Annual report on the working of the lock hospitals in the North-Western Provinces and Oudh
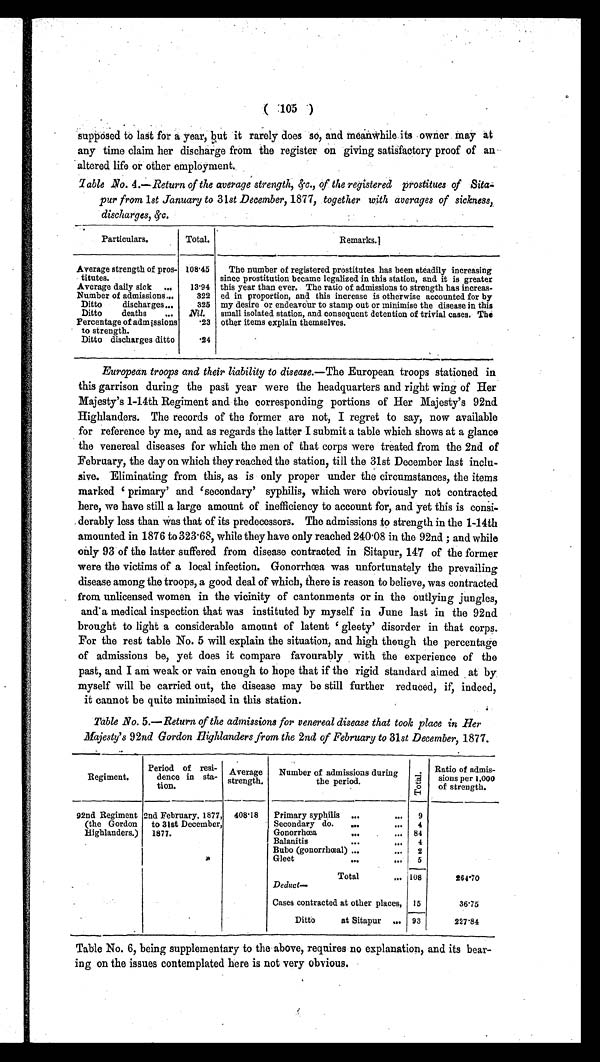
( 105 )
supposed to last for a year, but it rarely does so, and meanwhile its owner may at
any time claim her discharge from the register on giving satisfactory proof of an
altered life or other employment.
T a b l e N o . 4
. —
Return of the average strength, &c., of the registered prostitues of Sita
- p u r f r o m
1 s t J a n u a r y t o
3 1
s t D e c e m b e r ,
1 8 7 7 ,
t o g e t h e r w i t h a v e r a g e s o f s i c k n e s s , .
discharges, &c.
Particulars.
Total.
Remarks.
Average strength of pros-
titutes.
108.45
The number of registered prostitutes has been steadily increasing
since prostitution became legalized in this station, and it is greater
this year than ever. The ratio of admissions to strength has increas-
ed in proportion, and this increase is otherwise accounted for by
my desire or endeavour to stamp out or minimise the disease in this
small isolated station, and consequent detention of trivial cases. The
other items explain themselves.
Average daily sick ... 13.94
Number of admissions...
322
325
Ditto discharges...
Ditto deaths ... Nil.
Percentage of admissions
to strength.
.23
.24
Ditto discharges ditto
European troops and their liability to disease.— The European troops stationed in
this garrison during the past year were the headquarters and right wing of Her
Majesty's 1-14th Regiment and the corresponding portions of Her Majesty's 92nd
Highlanders. The records of the former are not, I regret to say, now available
for reference by me, and as regards the latter I submit a table which shows at a glance
the venereal diseases for which the men of that corps were treated from the 2nd of
February, the day on which they reached the station, till the 31st December last inclu-
sive. Eliminating from this, as is only proper under the circumstances, the items
marked 'primary' and 'secondary' syphilis, which were obviously not contracted
here, we have still a large amount of inefficiency to account for, and yet this is consi-
derably less than was that of its predecessors. The admissions to strength in the 1-14th
amounted in 1876 to 323.68, while they have only reached 240.08 in the 92nd; and while
only 93 of the latter suffered from disease contracted in Sitapur, 147 of the former
were the victims of a local infection. Gonorrhœa was unfortunately the prevailing
disease among the troops, a good deal of which, there is reason to believe, was contracted
from unlicensed women in the vicinity of cantonments or in the outlying jungles,
and a medical inspection that was instituted by myself in June last in the 92nd
brought to light a considerable amount of latent 'gleety' disorder in that corps.
For the rest table No. 5 will explain the situation, and high though the percentage
of admissions be, yet does it compare favourably with the experience of the
past, and I am weak or vain enough to hope that if the rigid standard aimed at by.
myself will be carried out, the disease may be still further reduced, if, indeed,
it cannot be quite minimised in this station.
Table No. 5.—Return of the admissions for venereal disease that took place in Her
Majesty's 92nd Gordon Highlanders from the 2nd of February to 31st December, 1877.
Regiment.
Period a resi-
dence in sta-
ti on.
Average
strength.
Number of admissions during
the period.
To t a l . Ratio of admis-
s i o n s p e r 1 , 0 0 0
of strength.
92nd Regiment
(the Gordon
Highlanders.)
2nd February, 1877,
to 31st December,
1877.
408. 18 Primary syphilis ...
... 9
Secondary do. ...
... 4
Gonorrhœa
... ...
84
Balanitis
•••
... 4
Bubo (gonorrhœal) ...
... 2
Gleet
... ... 5
Total
... 108
264.70
Deduct
—
Cases contracted at other places, 15
36.75
Ditto at Sitapur ... 93
227.84
Table No. 6, being supplementary to the above, requires no explanation, and its bear-
ing on the issues contemplated here is not very obvious.